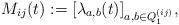
LaTeX: \begin{align*}M_{ij}(t):=[\lambda_{a,b}(t)]_{a,b\in Q_1^{(ij)}},\end{align*}